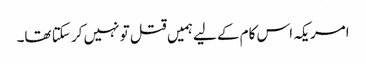
امریکہ اس کام کے لیےہمیں قتل تو نہیں کر سکتا تھا۔